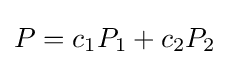
P=c_{1}P_{1}+c_{2}P_{2}